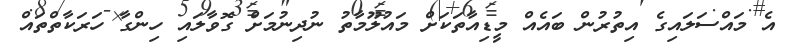
އެ މައްސަލައިގެ އިތުރުން ބައެއް މީޑިއާތަކަށް މައުލޫމާތު ނުދިނުމަށް ގޮވާލައި ހިންގާ ހަރަކާތްތައް